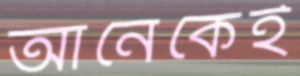
আনেকেই